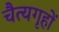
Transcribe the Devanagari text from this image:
चैत्यगृहों